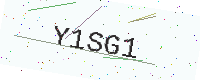
Text: Y1SG1